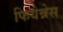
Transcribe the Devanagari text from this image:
फियेन्नेस